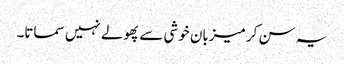
یہ سن کر میزبان خوشی سے پھولے نہیں سماتا۔